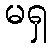
မရှ